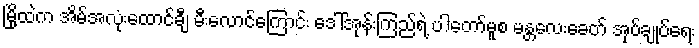
မြို့ထဲက အိမ်အလုံးထောင်ချီ မီးလောင်ကြောင်း ဒေါ်အုန်းကြည်ရဲ့ ပါတော်မူစ မန္တလေးခေတ် အုပ်ချုပ်ရေး